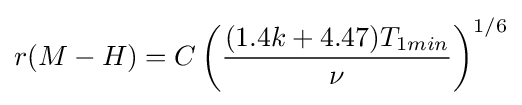
r(M-H)=C\left({\frac {(1.4k+4.47)T_{1min}}{\nu }}\right)^{1/6}